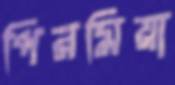
পিরমিয়া